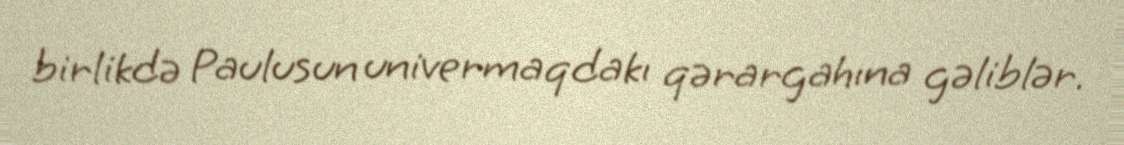
birlikdə Paulusun univermaqdakı qərargahına gəliblər.